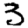
Digit: 3